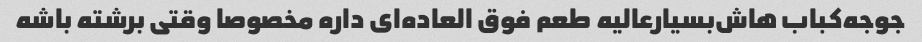
جوجه‌کباب هاش‌بسیار‌عالیه طعم فوق العاده‌ای داره مخصوصا وقتی برشته باشه